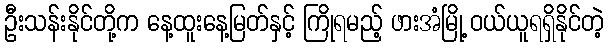
ဦးသန်းနိုင်တို့က နေ့ထူးနေ့မြတ်နှင့် ကြိုရမည့် ဖားအံမြို့ ဝယ်ယူရရှိနိုင်တဲ့